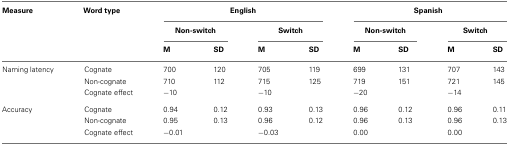
| Measure | Word type | <COLSPAN=4> English | <COLSPAN=4> Spanish |
 |  |  | <COLSPAN=2> Non-switch | <COLSPAN=2> Switch | <COLSPAN=2> Non-switch | <COLSPAN=2> Switch |
 |  |  | M | SD | M | SD | M | SD | M | SD |
 | --- | --- | --- | --- | --- | --- | --- | --- | --- | --- |
 | Naming latency | Cognate | 700 | 120 | 705 | 119 | 699 | 131 | 707 | 143 |
 |  | Non-cognate | 710 | 112 | 715 | 125 | 719 | 151 | 721 | 145 |
 |  | Cognate effect | −10 |  | −10 |  | −20 |  | −14 |  |
 | Accuracy | Cognate | 0.94 | 0.12 | 0.93 | 0.13 | 0.96 | 0.12 | 0.96 | 0.11 |
 |  | Non-cognate | 0.95 | 0.13 | 0.96 | 0.12 | 0.96 | 0.13 | 0.96 | 0.13 |
 |  | Cognate effect | −0.01 |  | −0.03 |  | 0.00 |  | 0.00 |  |